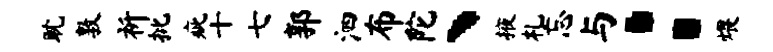
耽敦祈批疵十七郭泗布陀丶掖札忘与：煨